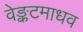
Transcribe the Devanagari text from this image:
वेङ्कटमाधव